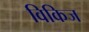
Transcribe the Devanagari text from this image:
विकिज